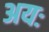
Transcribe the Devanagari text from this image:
अयः